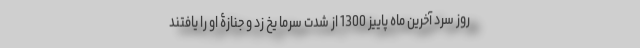
روز سرد آخرین ماه پاییز 1300 از شدت سرما یخ زد و جنازۀ او را یافتند